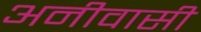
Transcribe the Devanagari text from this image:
अनीवासी